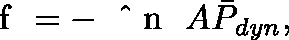
\mathrm { ~ \boldmath ~ f ~ } = - \mathrm { ~ \boldmath ~ \hat { ~ } { ~ n ~ } ~ } A \bar { P } _ { \mathit { d y n } } ,